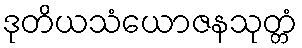
ဒုတိယသံယောဇနသုတ္တံ